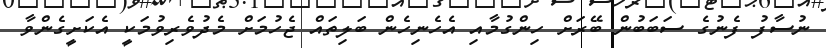
ނުސާފު ފެނުގެ ސަބަބުން ބޭރަށް ހިންގުމާއި އެހެނިހެން ބަލިތައް ޖެހުމަށް މެދުވެރިވުމަކީ އެކަށީގެންވާ